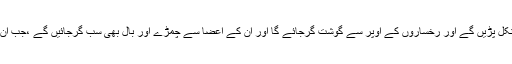
پیاس کی وجہ سے جگر پھٹ جائیں گے اور آنکھوں کے ڈھیلے چہروں پر نکل پڑیں گے اور رخساروں کے اوپر سے گوشت گرجائے گا اور ان کے اعضا سے چمڑے اور بال بھی سب گرجائیں گے ،جب ان کے چمڑے پک جائیں گے تو ان کو دوسرے چمڑوں سے بدل دیا جائے گا۔